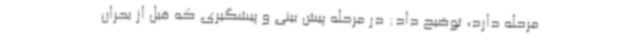
مرحله دارد، توضیح داد: در مرحله پیش بینی و پیشگیری که قبل از بحران